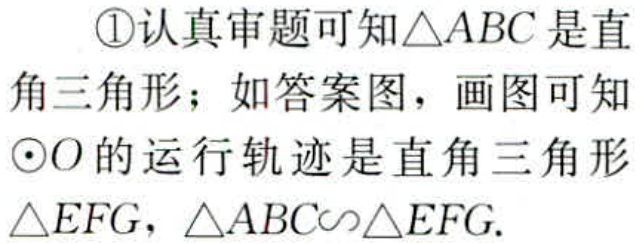
\textcircled{1}认真审题可知\(\triangle ABC\)是直角三角形；如答案图，画图可知\(\odot O\)的运行轨迹是直角三角形\(\triangle EFG\)，\(\triangle ABC\sim\triangle EFG\).